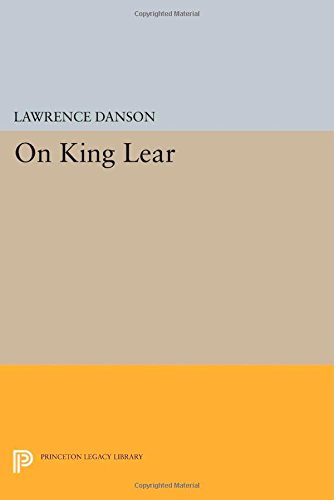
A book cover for On King Lear (Princeton Legacy Library); Literature & Fiction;